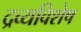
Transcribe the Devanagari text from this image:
द्रव्यविशेष